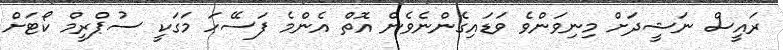
ރައީސް ނަޝީދަށް މިނިވަންވެ ވަޑައިގެންނެވެން އޮތް އެންމެ ފަސޭހަ މަގަކީ ސުޕްރީމް ކޯޓަށް